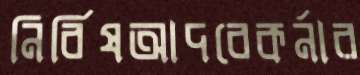
নির্বিষআদবেকর্নার